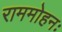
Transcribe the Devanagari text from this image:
राममोहनः